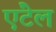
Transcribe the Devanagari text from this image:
एंटेल